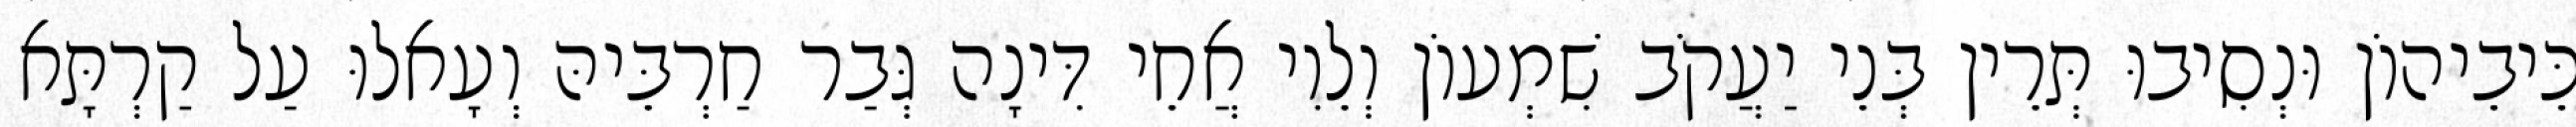
כֵּיבֵיהוֹן וּנְסִיבוּ תְּרֵין בְּנֵי יַעֲקֹב שִׁמְעוֹן וְלֵוִי אֲחֵי דִּינָה גְּבַר חַרְבֵּיהּ וְעָאלוּ עַל קַרְתָּא